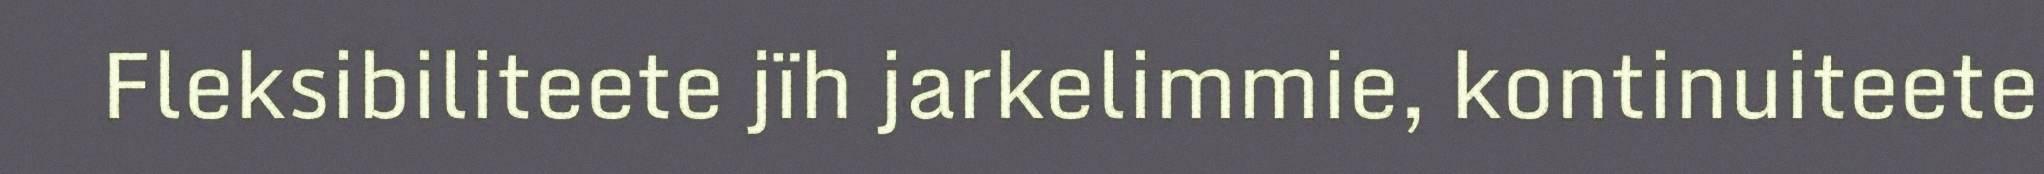
Fleksibiliteete jïh jarkelimmie, kontinuiteete